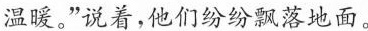
温暖。”说着，他们纷纷飘落地面。